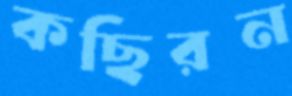
কছিরন